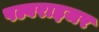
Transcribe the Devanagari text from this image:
पल्वराइजर